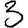
Digit: 3